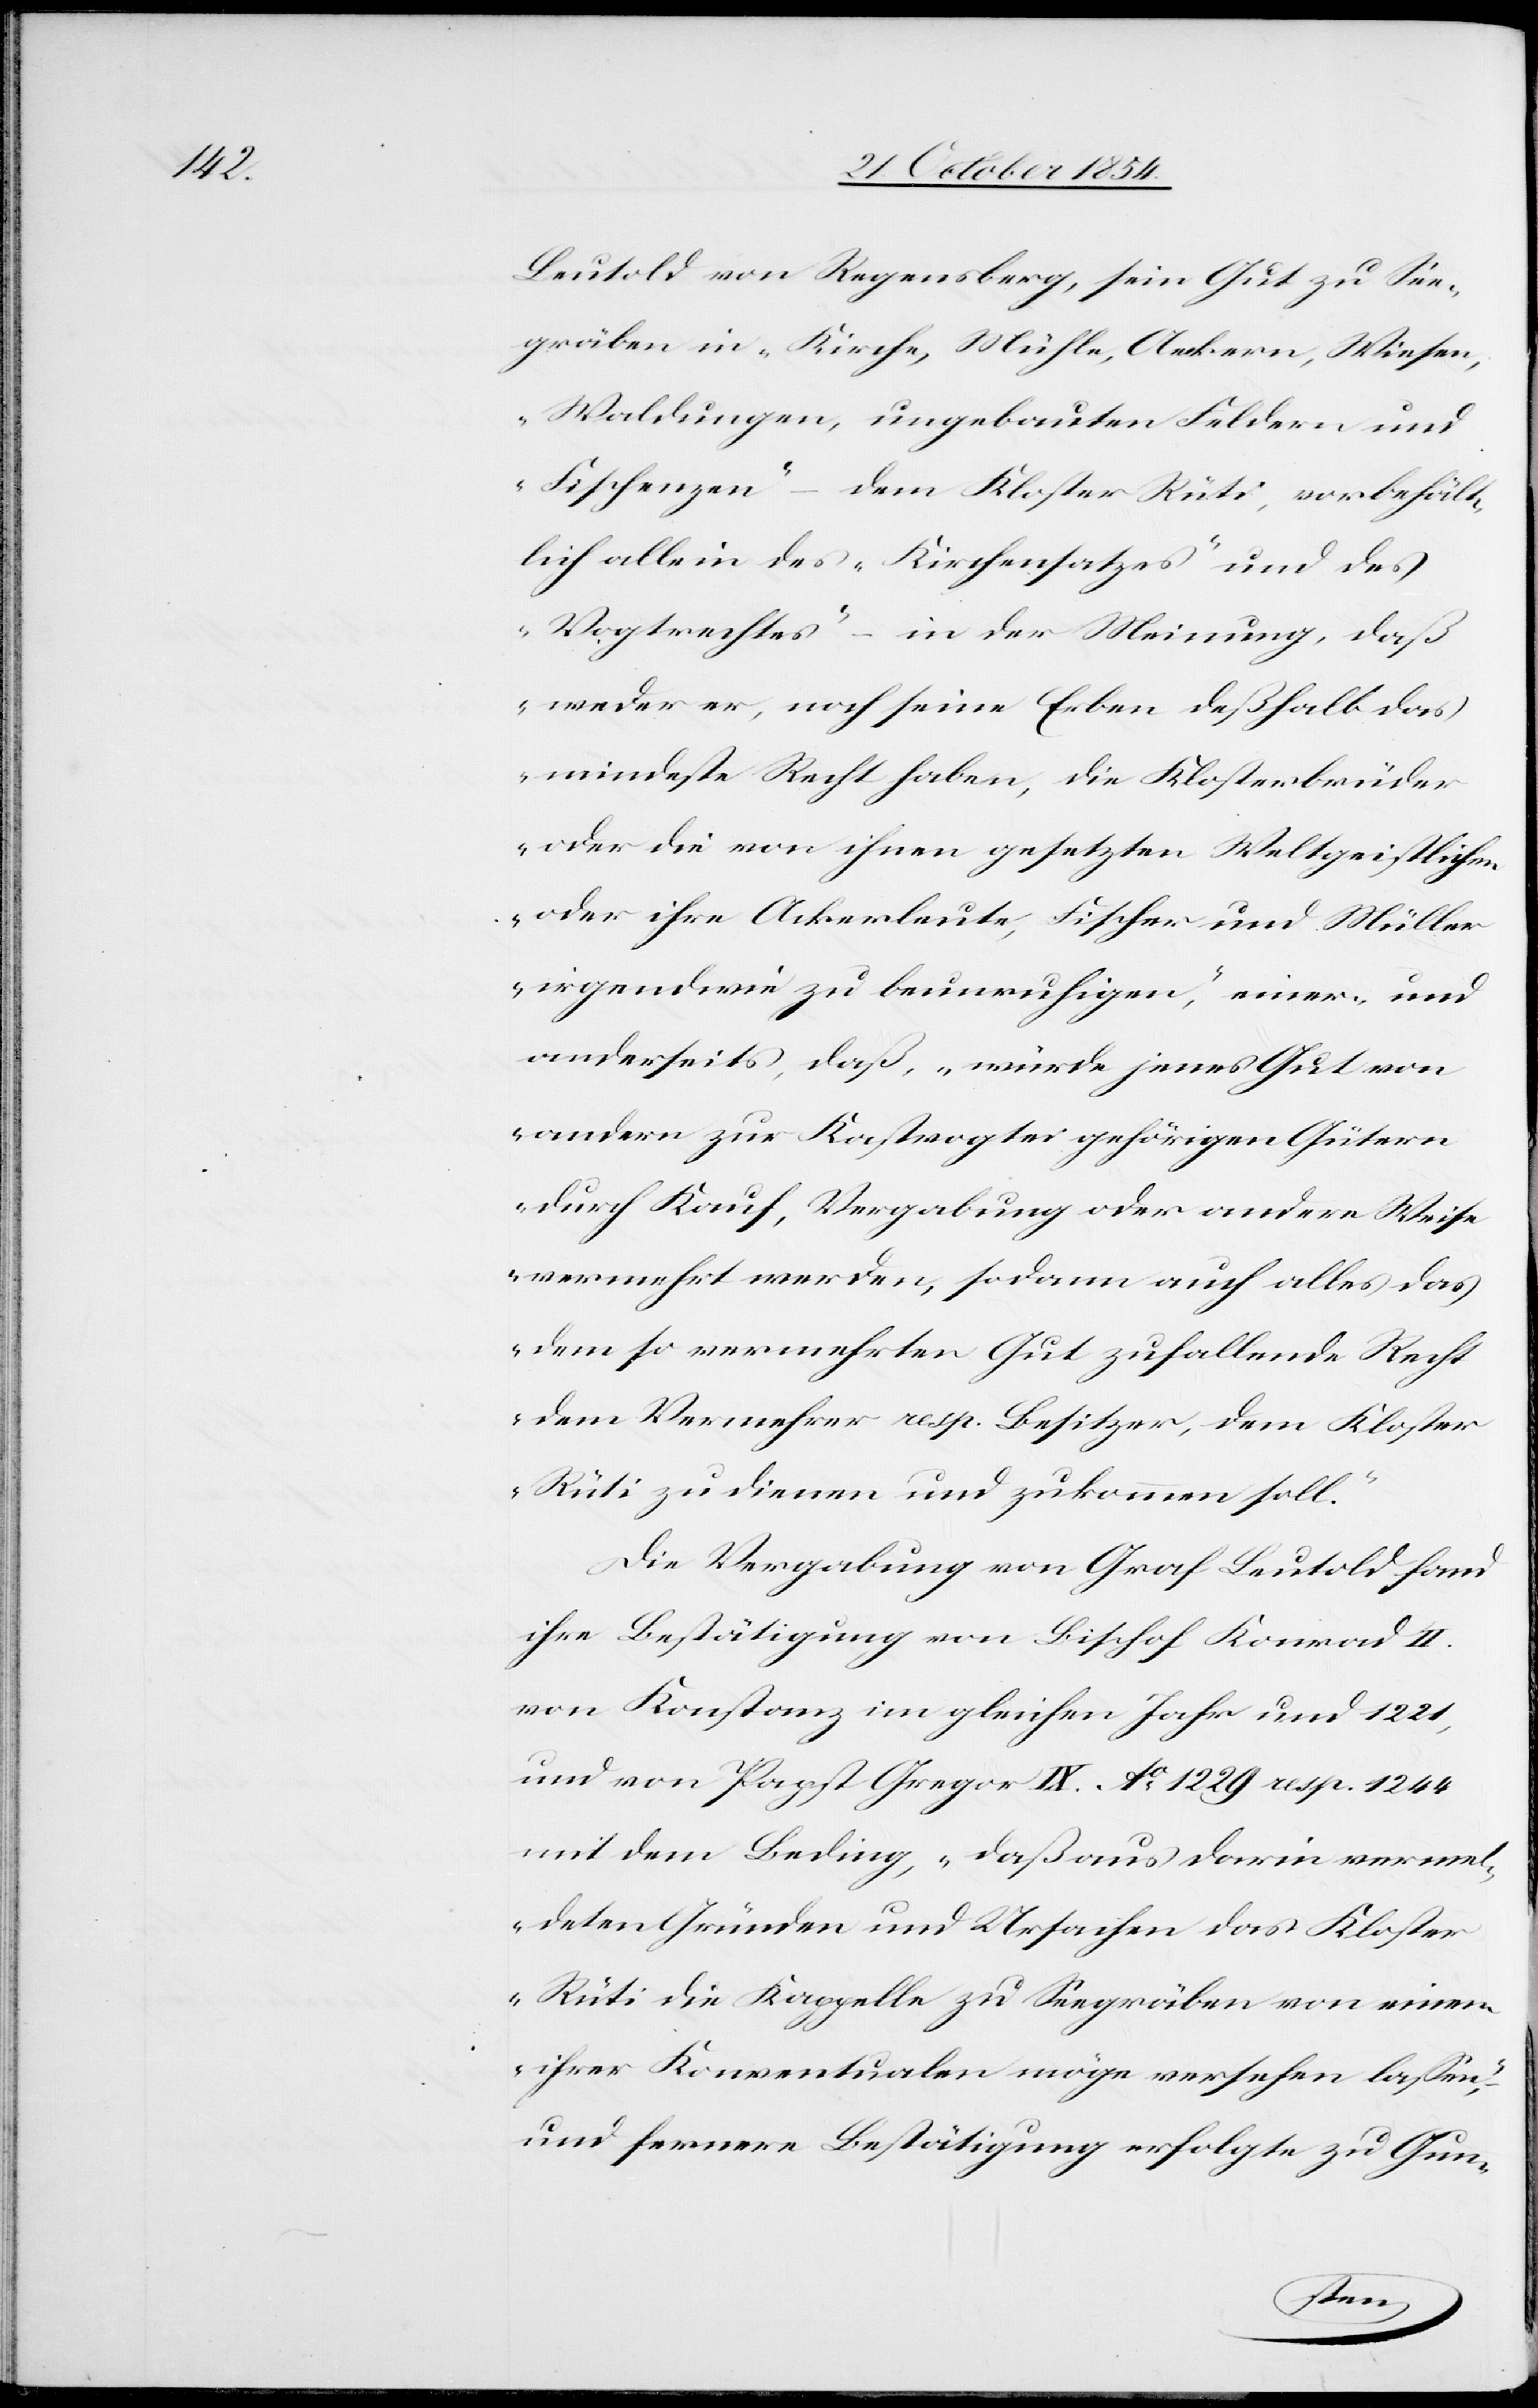
Leutold von Regensberg, sein Gut zu See¬
gräben in „Kirche, Mühle, Aeckern, Wiesen,
Waldungen, ungebauten Feldern und
Fischenzen“ – dem Kloster Rüti vorbehäl¬
tich alle in des „Kirchengesetzes“ und des
„Vogtrechtes“ – in der Meinung, daß
„weder er, noch seine Erben deßhalb das
mindeste Recht haben, die Klosterbrüder
oder die von ihnen gesetzten Weltgeistlichen
oder ihre Ackerleute, Fischer und Müller
irgendwie zu beunruhigen“, einer- und
anderseits, daß, „würde jenes Gut von
andern zur Kastvogtei gehörigen Gütern
durch Kauf, Vergabung oder andere Weise
vermehrt werden, sodann auch alles das
dem so vermehrten Gut zufallende Recht
dem Vermehrer resp. Besitzer, dem Kloster
Rüti zu dienen und zukommen soll.“
Die Vergabung von Graf Leutold fand
ihre Bestätigung von Bischof Konrad II.
von Konstanz im gleichen Jahr und 1221,
und von Papst Gregor IX. Ao 1229 resp. 1244
mit dem Beding, „daß aus darin vermel¬
deten Gründen und Ursachen das Kloster
Rüti die Kappelle zu Seegräben von einem
ihrer Konventualen möge versehen laßen,“
und fernere Bestätigung erfolgte zu Gun-